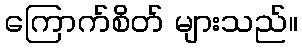
ကြောက်စိတ် များသည်။